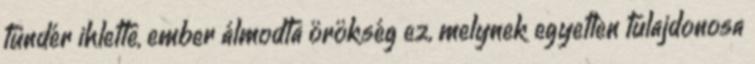
tündér ihlette, ember álmodta örökség ez, melynek egyetlen tulajdonosa